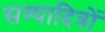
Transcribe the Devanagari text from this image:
सम्पादित्रों